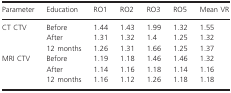
<table><thead><tr><td><b>Parameter</b></td><td><b>Education</b></td><td><b>RO1</b></td><td><b>RO2</b></td><td><b>RO3</b></td><td><b>RO5</b></td><td><b>Mean VR</b></td></tr></thead><tbody><tr><td rowspan="3">CT CTV</td><td>Before</td><td>1.44</td><td>1.43</td><td>1.99</td><td>1.32</td><td>1.55</td></tr><tr><td>After</td><td>1.31</td><td>1.32</td><td>1.4</td><td>1.25</td><td>1.32</td></tr><tr><td>12 months</td><td>1.26</td><td>1.31</td><td>1.66</td><td>1.25</td><td>1.37</td></tr><tr><td rowspan="3">MRI CTV</td><td>Before</td><td>1.19</td><td>1.18</td><td>1.46</td><td>1.46</td><td>1.32</td></tr><tr><td>After</td><td>1.14</td><td>1.16</td><td>1.18</td><td>1.14</td><td>1.16</td></tr><tr><td>12 months</td><td>1.16</td><td>1.12</td><td>1.26</td><td>1.18</td><td>1.18</td></tr></tbody></table>